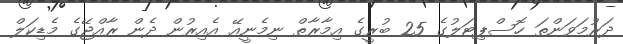
ދަރުމަވަންތަ ހޮސްޕިޓަލުގެ 25 ބުރީގެ އިމާރާތް ނިމެނީއޭ އެއިރުން ދެން ރާއްޖޭގެ މެޑިކަލް